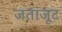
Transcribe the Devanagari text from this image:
जताजूट